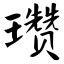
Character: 瓒